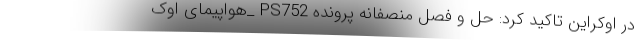
در اوکراین تاکید کرد: حل و فصل منصفانه پرونده PS752 _هواپیمای اوک